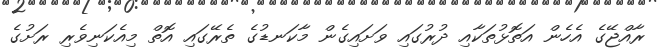
ރާއްޖޭގެ އެހެން އަތޮޅުތަކާއި ދުރުގައި ވަށައިގެން މާކަނޑުގެ ތެރޭގައި އޮތް މިއެކަނިވެރި ރަށުގެ